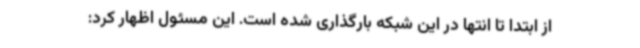
از ابتدا تا انتها در این شبکه بارگذاری شده است. این مسئول اظهار کرد: